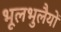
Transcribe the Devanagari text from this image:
भूलभुलैयों